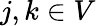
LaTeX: j,k\in V